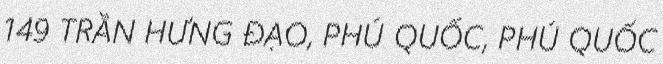
149 TRẦN HƯNG ĐẠO, PHÚ QUỐC, PHÚ QUỐC